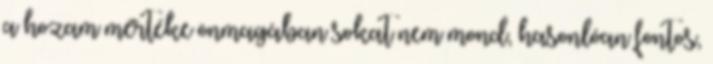
a hozam mértéke önmagában sokat nem mond, hasonlóan fontos,